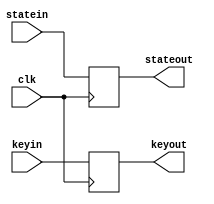
// keccak800.v

module keccak_buffer(clk, statein, keyin, stateout, keyout);
    input clk;
    input [799:0] statein;
    input [7:0] keyin;
    output reg [799:0] stateout;
    output reg [7:0] keyout;
    
    always @(posedge clk)
    begin
        stateout <= statein;
        keyout <= keyin;
    end
endmodule